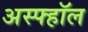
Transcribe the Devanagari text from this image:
अस्फ्हॉल